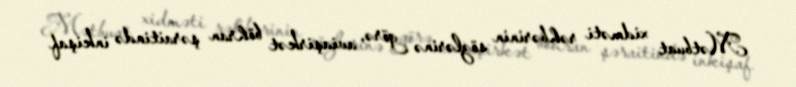
Mətbuat xidməti rəhbərinin sözlərinə görə, aviaşirkət böhran şəraitində inkişaf